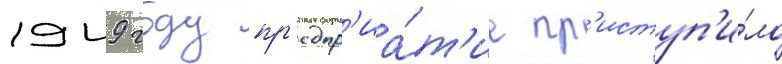
1949 году пр'едпр'иа́т'ие пр'иступ'и́ло